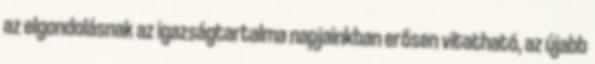
az elgondolásnak az igazságtartalma napjainkban erősen vitatható, az újabb